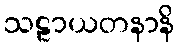
သဠာယတနာနိ